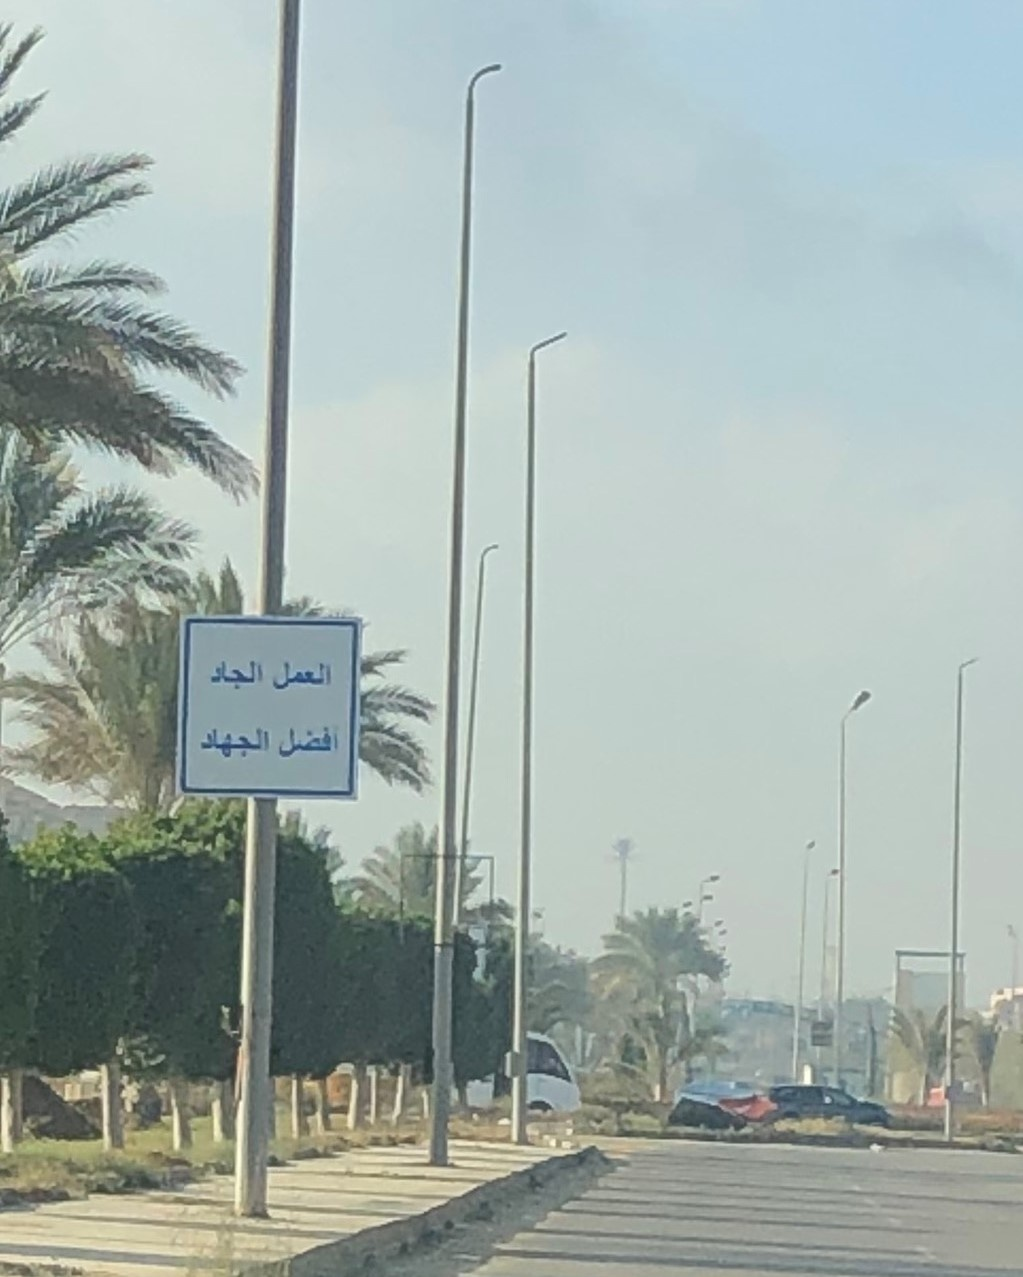
Text in image: الجاد العمل أفضل الجهاد